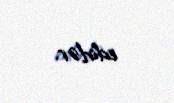
edirlər.